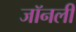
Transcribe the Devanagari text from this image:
जॉनली